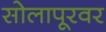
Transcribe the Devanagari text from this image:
सोलापूरवर